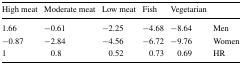
| High meat | Moderate meat | Low meat | Fish | Vegetarian |  |
 | --- | --- | --- | --- | --- | --- |
 | 1.66 | −0.61 | −2.25 | −4.68 | −8.64 | Men |
 | −0.87 | −2.84 | −4.56 | −6.72 | −9.76 | Women |
 | 1 | 0.8 | 0.52 | 0.73 | 0.69 | HR |